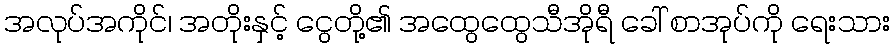
အလုပ်အကိုင်၊ အတိုးနှင့် ငွေတို့၏ အထွေထွေသီအိုရီ ခေါ် စာအုပ်ကို ရေးသား